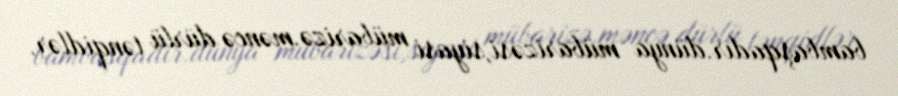
bambaşqadır.dünya mübarizəsi,siyasi mübarizə.məncə dürlü tənqidlər,